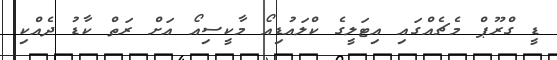
ޑީ ގްރޫޕް މެޗެއްގައި އިޓަލީގެ ކްލައުޑިއޯ މާކީސިއޯ އަށް ރަތް ކާޑު ދެއްކި